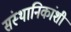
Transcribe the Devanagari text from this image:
संस्थानिकांशी